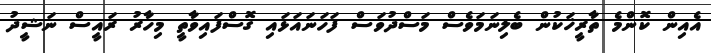
އެއިން ކޮންމެ ތާރީޚަކުން ބެލިނަމަވެސް މަސްދުވަސް ފަހަނައަޅައި ގޮސްފައިވާތީ މިހާރު ރައީސް ނަޝީދު